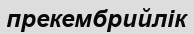
прекембрийлік